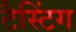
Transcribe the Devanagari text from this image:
टैस्टिंग